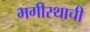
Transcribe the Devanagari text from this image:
भगीरथाची